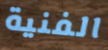
الفنية